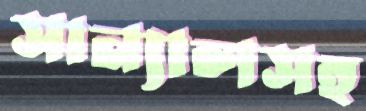
সান্যালসহ